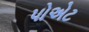
પોએટ